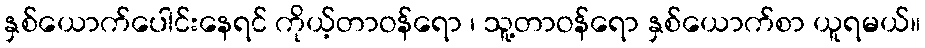
နှစ်ယောက်ပေါင်းနေရင် ကိုယ့်တာဝန်ရော ၊ သူ့တာဝန်ရော နှစ်ယောက်စာ ယူရမယ်။